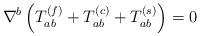
LaTeX: \begin{align*}\nabla^{b}\left(T^{(f)}_{ab} + T^{(c)}_{ab} + T^{(s)}_{ab}\right) =0\end{align*}